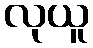
လုယူ